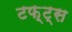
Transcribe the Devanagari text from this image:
टफ़्ट्स